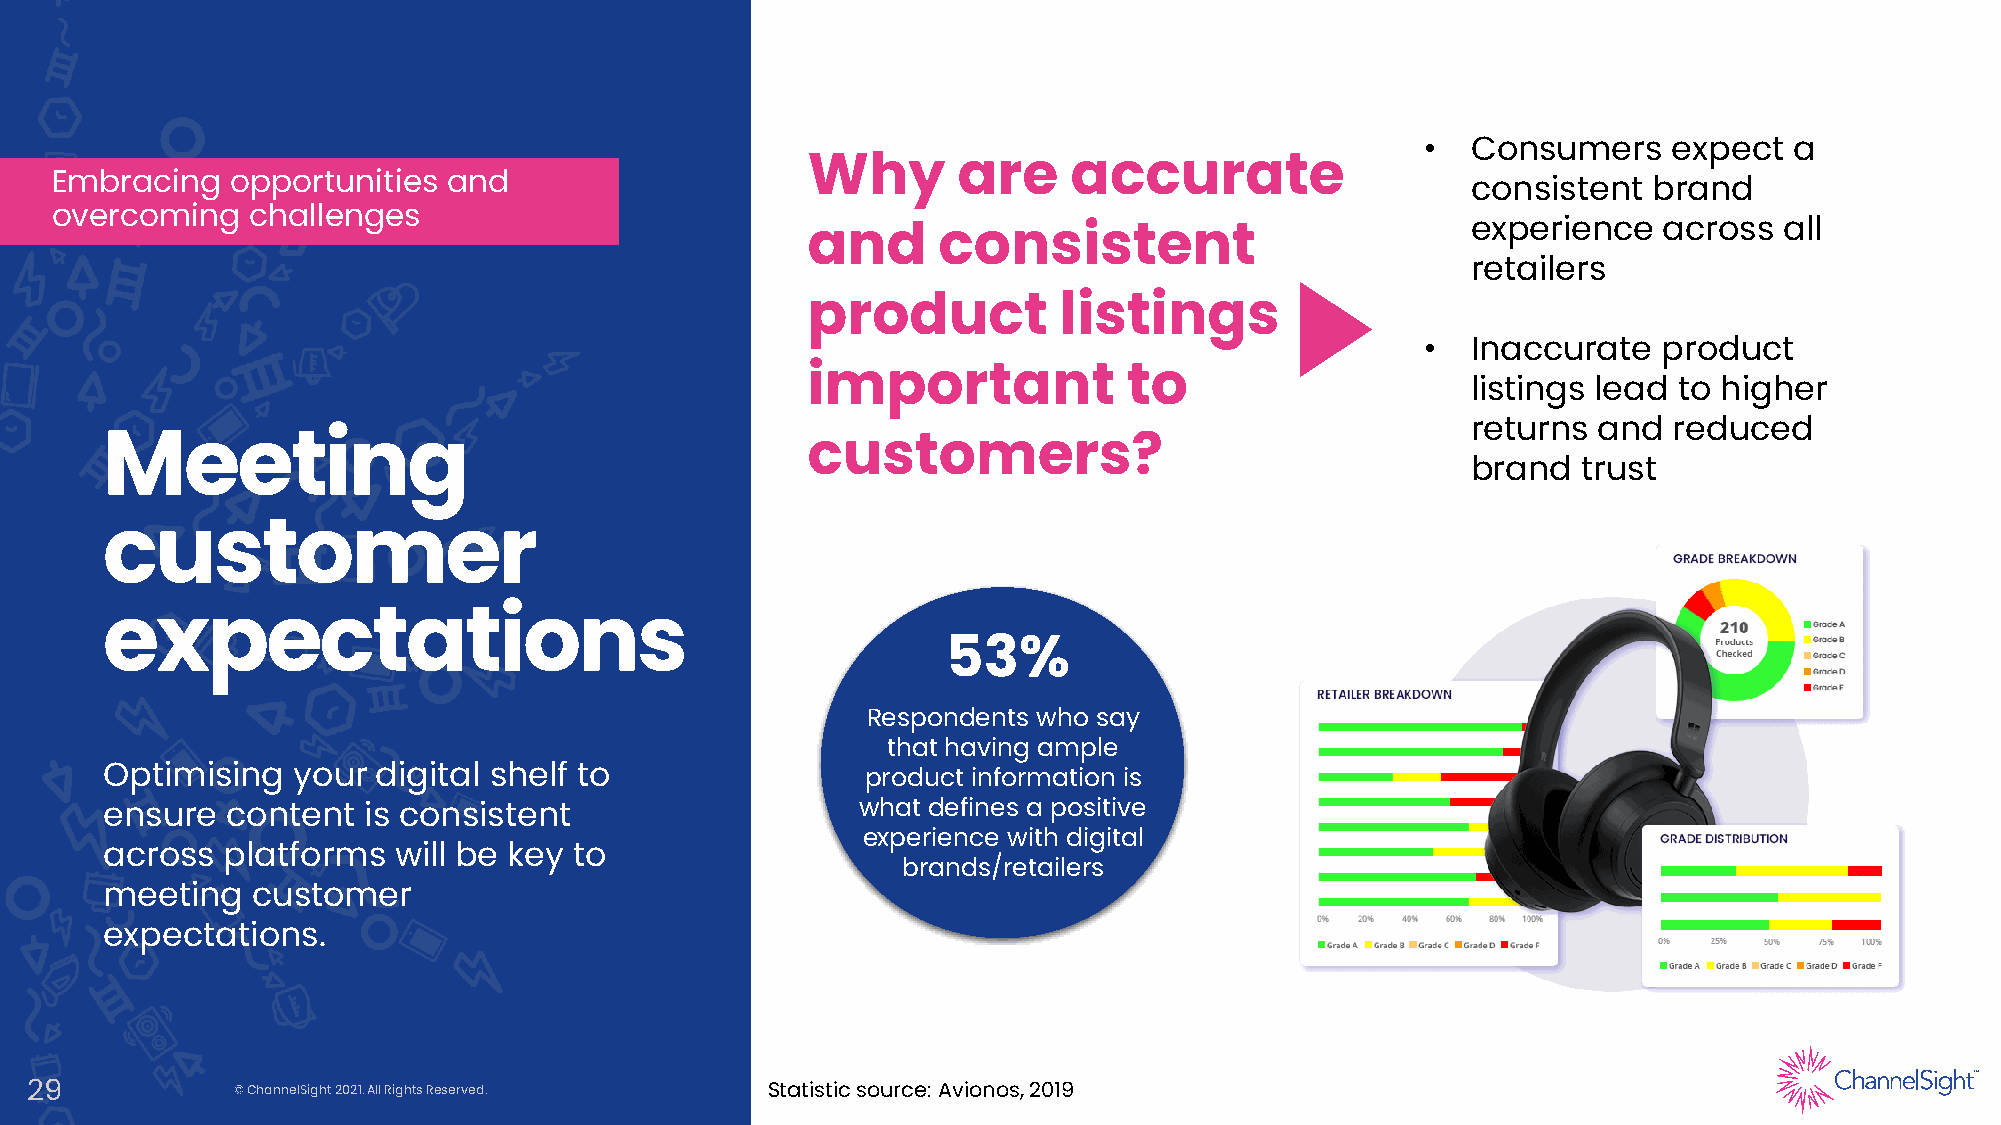
•
 Consumers     expect  a
 Why       are     accurate
 Embracing   opportunities  and
 consistent  brand
 overcoming   challenges
 experience   across  all
 and      consistent
 retailers
 product          listings
 •
 Inaccurate   product
 important             to                    listings lead to higher
 returns  and  reduced
 customers?
 Meeting
 brand   trust
 customer
 expectations
 53%
 Respondents who say
 that having ample
 Optimising  your  digital shelf to                product information is
 what defines a positive
 ensure  content  is consistent
 experience with digital
 across  platforms  will be key to
 brands/retailers
 meeting   customer
 expectations.
 29           © ChannelSight2021. All Rights Reserved. Statistic source: Avionos, 2019